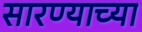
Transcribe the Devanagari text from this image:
सारण्याच्या